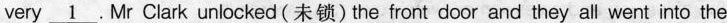
very \underline{1}. Mr Clark unlocked(未锁) the front door and they all went into the